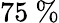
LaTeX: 75\ \%